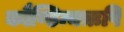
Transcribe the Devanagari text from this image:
कौण्डिन्यऋषि